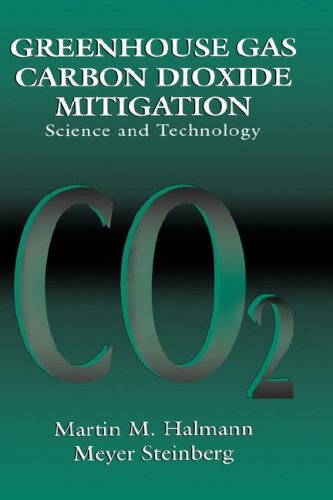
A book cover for Greenhouse Gas Carbon Dioxide Mitigation: Science and Technology; Martin M. Halmann; Crafts, Hobbies & Home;